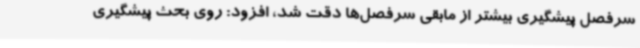
سرفصل پیشگیری بیشتر از مابقی سرفصل‌ها دقت شد، افزود: روی بحث پیشگیری